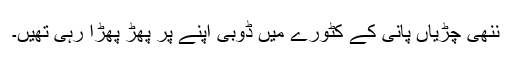
ننھی چڑیاں پانی کے کٹورے میں ڈوبی اپنے پر پھڑ پھڑا رہی تھیں۔